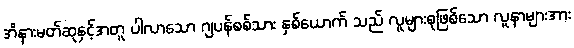
အိနားမတ်ဆုနှင့်အတူ ပါလာသော ဂျပန်စစ်သား နှစ်ယောက် သည် လူများစုဖြစ်သော လူနာများအား